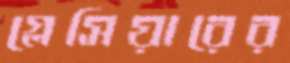
গ্লেসিয়ারের